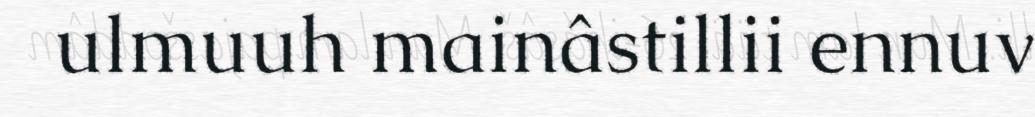
ulmuuh mainâstillii ennuv